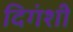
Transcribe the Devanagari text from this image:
दिगंशी